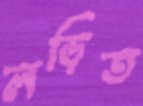
লড়িত